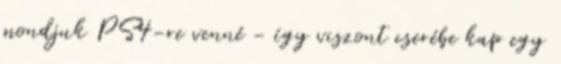
mondjuk PS4-re venné - így viszont cserébe kap egy